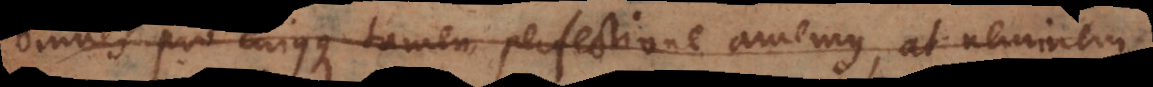
omnes pro cujusque tamen perfectione amemus, at neminem